Lunatic asylums Central Provinces reports 1874-1885 - 1874-1885
Year: 1874
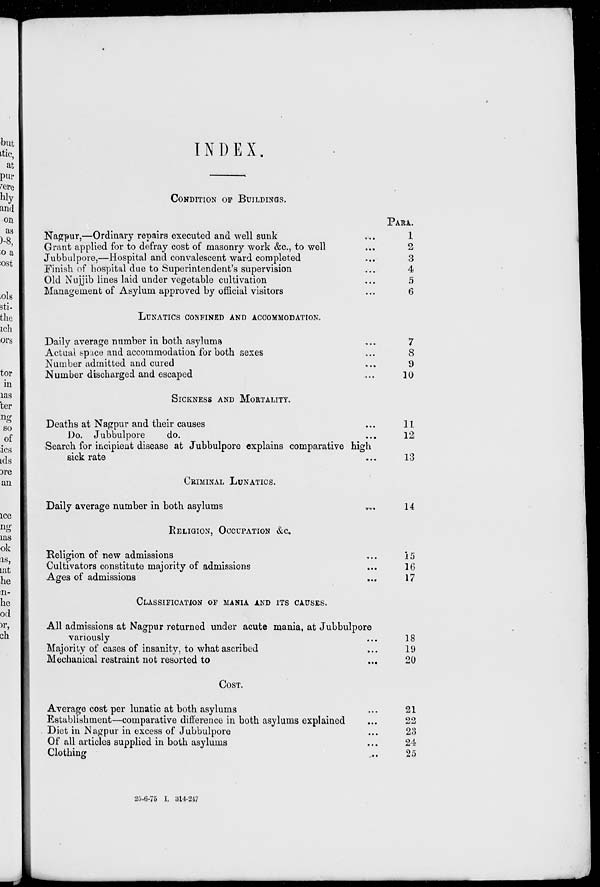
INDEX.
CONDITION OF BUILDINGS.
Nagpur,—Ordinary repairs executed and well sunk ...
Grant applied for to defray cost of masonry work &c., to well ...
Jubbulpore,—Hospital and convalescent ward completed ...
Finish of hospital due to Superintendent's supervision ...
Old Nujjib lines laid under vegetable cultivation ...
Management of Asylum approved by official visitors ...
PARA.
1
2
3
4
5
6
LUNATICS CONFINED AND ACCOMMODATION.
Daily average number in both asylums ...
Actual space and accommodation for both sexes ...
Number admitted and cured ...
Number discharged and escaped ...
7
8
9
10
SICKNESS AND MORTALITY.
Deaths at Nagpur and their causes ...
Do. Jubbulpore
do. ...
Search for incipient disease at Jubbulpore explains comparative high
sick rate ...
11
12
13
CRIMINAL LUNATICS.
Daily average number in both asylums ...
RELIGION, OCCUPATION &c.
Religion of new admissions ...
Cultivators constitute majority of admissions ...
Ages of admissions ...
14
15
16
17
CLASSIFICATION OF MANIA AND ITS CAUSES.
All admissions at Nagpur returned under acute mania, at Jubbulpore
variously ...
Majority of cases of insanity, to what ascribed ...
Mechanical restraint not resorted to
...
...
18
19
20
COST.
Average cost per lunatic at both asylums ...
Establishment—comparative difference in both asylums explained ...
Diet in Nagpur in excess of Jubbulpore ...
Of all articles supplied in both asylums ...
Clothing ...
21
22
23
24
25
25-6-75 I. 314-247